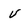
Character: U